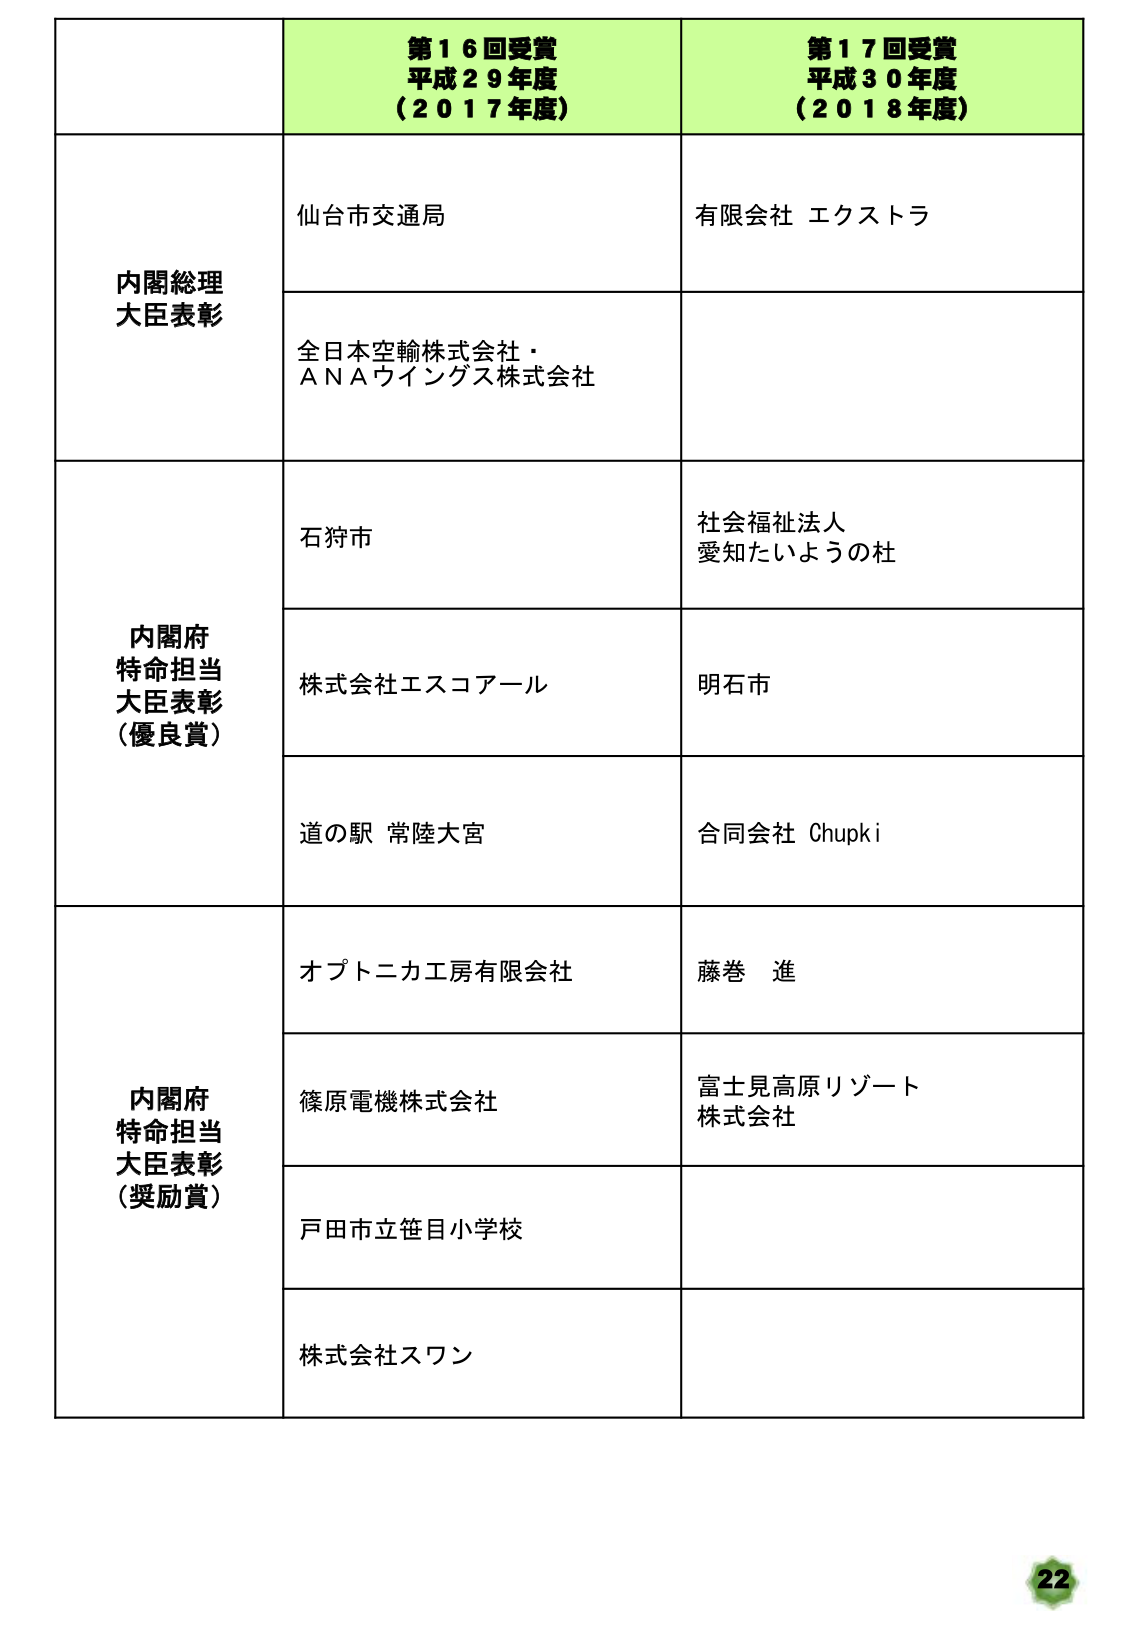
第１６回受賞
平成２９年度
（２０１７年度）

第１７回受賞
平成３０年度
（２０１８年度）

内閣総理大臣表彰
仙台市交通局
全日本空輸株式会社・
ＡＮＡウイングス株式会社
有限会社 エクストラ

内閣府特命担当大臣表彰（優良賞）
石狩市
株式会社エスコアール
道の駅 常陸大宮
社会福祉法人
愛知たいようの杜
明石市
合同会社 Chupki

内閣府特命担当大臣表彰（奨励賞）
オプトニカ工房有限会社
篠原電機株式会社
戸田市立笹目小学校
株式会社スワン
藤巻 進
富士見高原リゾート
株式会社

22